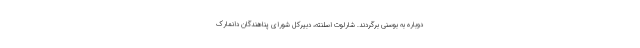
دوباره به بوسنی برگردند. شارلوت اسلنته، دبیرکل شورای پناهندگان دانمارک